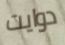
دوايت